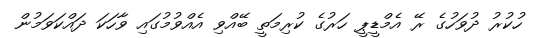
ހުކުރު ދުވަހުގެ ރޭ އެމްޑީޕީ ހަރުގެ ކުރިމަތީ ބޭއްވި އެއްވުމުގައި ވާހަކަ ދައްކަވަމުން